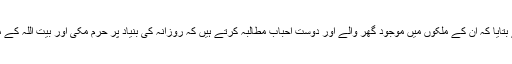
اس موقع پر بعض عازمین حج نے بتایا کہ اُن کے ملکوں میں موجود گھر والے اور دوست احباب مطالبہ کرتے ہیں کہ روزانہ کی بنیاد پر حرم مکی اور بیت اللہ کے مناظر اور تصاویر بھیجی ... مزید